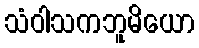
သံဝါသကဘူမိယော